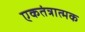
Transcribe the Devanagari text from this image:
एकतंत्रात्मक